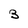
Character: 3